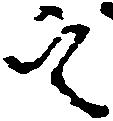
定